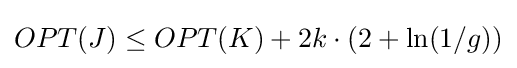
OPT(J)\leq OPT(K)+2k\cdot (2+\ln(1/g))